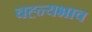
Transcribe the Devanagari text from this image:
वह्न्यभाव